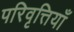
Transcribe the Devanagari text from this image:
परिवृत्तियाँ